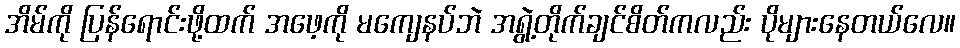
အိမ်ကို ပြန်ရောင်းဖို့ထက် အဖေ့ကို မကျေနပ်ဘဲ အရွဲ့တိုက်ချင်စိတ်ကလည်း ပိုများနေတယ်လေ။